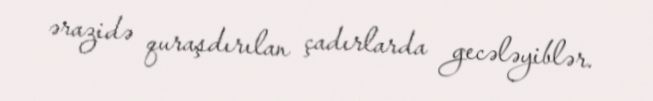
ərazidə quraşdırılan çadırlarda gecələyiblər.